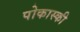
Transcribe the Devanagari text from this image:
पोकास्की